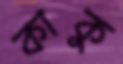
কাকু